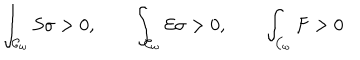
\int _ { { \cal { C } } _ { \omega } } { S \sigma } > 0 , \qquad \int _ { { \cal { C } } _ { \omega } } { { \cal { E } } \sigma } > 0 , \qquad \int _ { { \cal { C } } _ { \omega } } { F } > 0